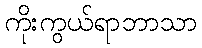
ကိုးကွယ်ရာဘာသာ